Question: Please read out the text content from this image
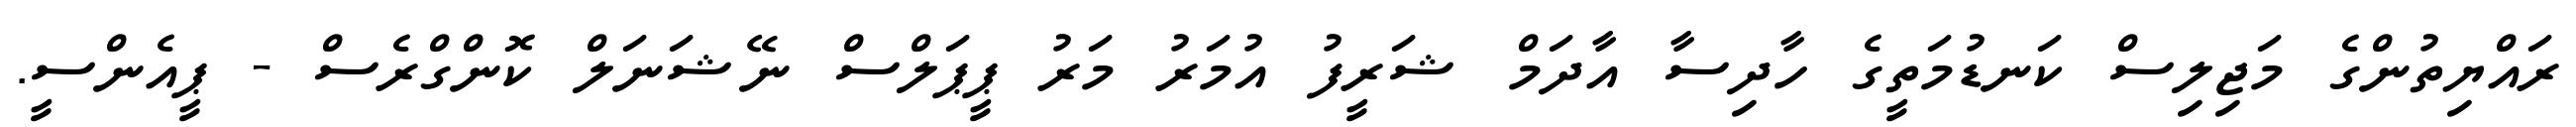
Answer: ރައްޔިތުންގެ މަޖިލިސް ކަނޑުމަތީގެ ހާދިސާ އާދަމް ޝަރީފު އުމަރު މަރު ޕީޕަލްސް ނޭޝަނަލް ކޮންގްރެސް - ޕީއެންސީ.